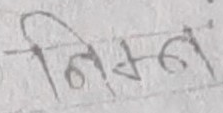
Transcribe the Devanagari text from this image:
निम्न